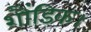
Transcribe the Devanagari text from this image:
शौंडिक।